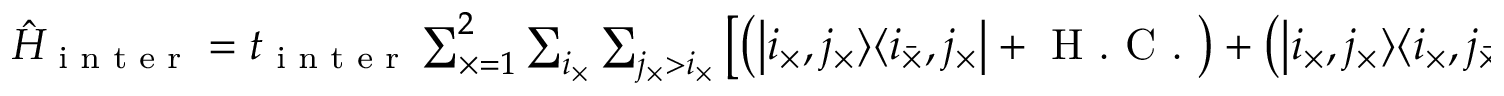
\begin{array} { r } { \hat { H } _ { \textrm { i n t e r } } = t _ { \textrm { i n t e r } } \sum _ { \times = 1 } ^ { 2 } \sum _ { i _ { \times } } \sum _ { j _ { \times } > i _ { \times } } \left[ \left( \left| i _ { \times } , j _ { \times } \rangle \langle i _ { \bar { \times } } , j _ { { \times } } \right| + \textrm { H . C . } \right) + \left( \left| i _ { \times } , j _ { \times } \rangle \langle i _ { { \times } } , j _ { \bar { \times } } \right| + \textrm { H . C . } \right) \right] , } \end{array}